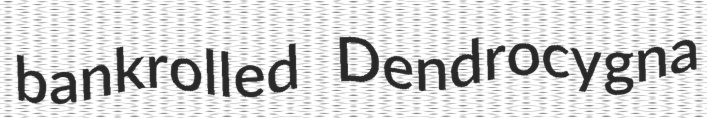
bankrolled Dendrocygna